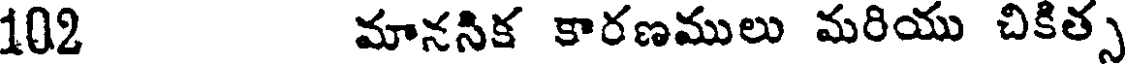
102 మానసిక కారణములు మరియు చికిత్స